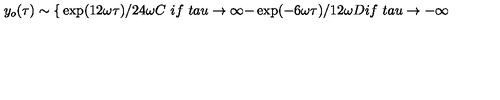
y _ { o } ( \tau ) \sim \left\{ \begin{matrix} { \exp ( 1 2 \omega \tau ) / 2 4 \omega C \ i f \ } \\ { t a u \rightarrow \infty } \\ { - \exp ( - 6 \omega \tau ) / 1 2 \omega D i f \ } \\ { t a u \rightarrow - \infty } \\ \end{matrix} \right.